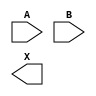
module sky130_fd_sc_hs__xor2 (
    //# {{data|Data Signals}}
    input  A,
    input  B,
    output X
);

    // Voltage supply signals
    supply1 VPWR;
    supply0 VGND;

endmodule